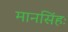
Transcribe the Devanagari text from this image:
मानसिंहः